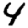
Digit: 4